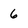
Character: 6